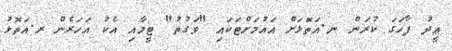
ޢީދު ފާހަގަ ކުރަން ނ.އަތޮޅަށް އައުމަށްޓަކައި "ވަގުތު" ޓީމާއި އެކު އަހަރެން ރ.އަތޮޅު